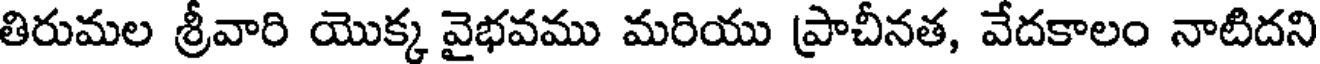
తిరుమల శ్రీవారి యొక్క వైభవము మరియు ప్రాచీనత, వేదకాలం నాటిదని